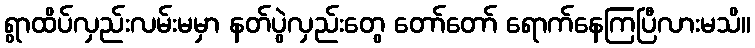
ရွာထိပ်လှည်းလမ်းမမှာ နတ်ပွဲလှည်းတွေ တော်တော် ရောက်နေကြပြီလားမသိ။